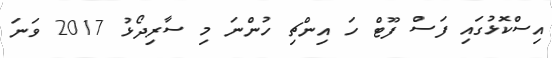
އިސްކޮޅުގައި ފަސް ފޫޓް ހަ އިންޗި ހުންނަ މި ސާރިދޯޅު 2017 ވަނަ